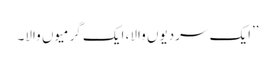
’’ایک سردیوں والا، ایک گرمیوں والا۔